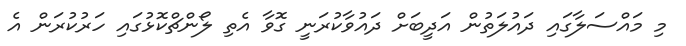
މި މައްސަލާގައި ދައުލަތުން އަދީބަށް ދައުވާކުރަނީ ގޮވާ އެތި ލޯންޗްކޮޅުގައި ހަރުކުރަން އެ